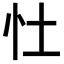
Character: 𪫞